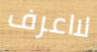
لااعرف